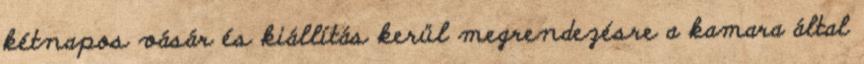
kétnapos vásár és kiállítás kerül megrendezésre a kamara által